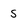
Character: S